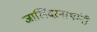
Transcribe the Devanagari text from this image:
जालिंदरनाथांनी